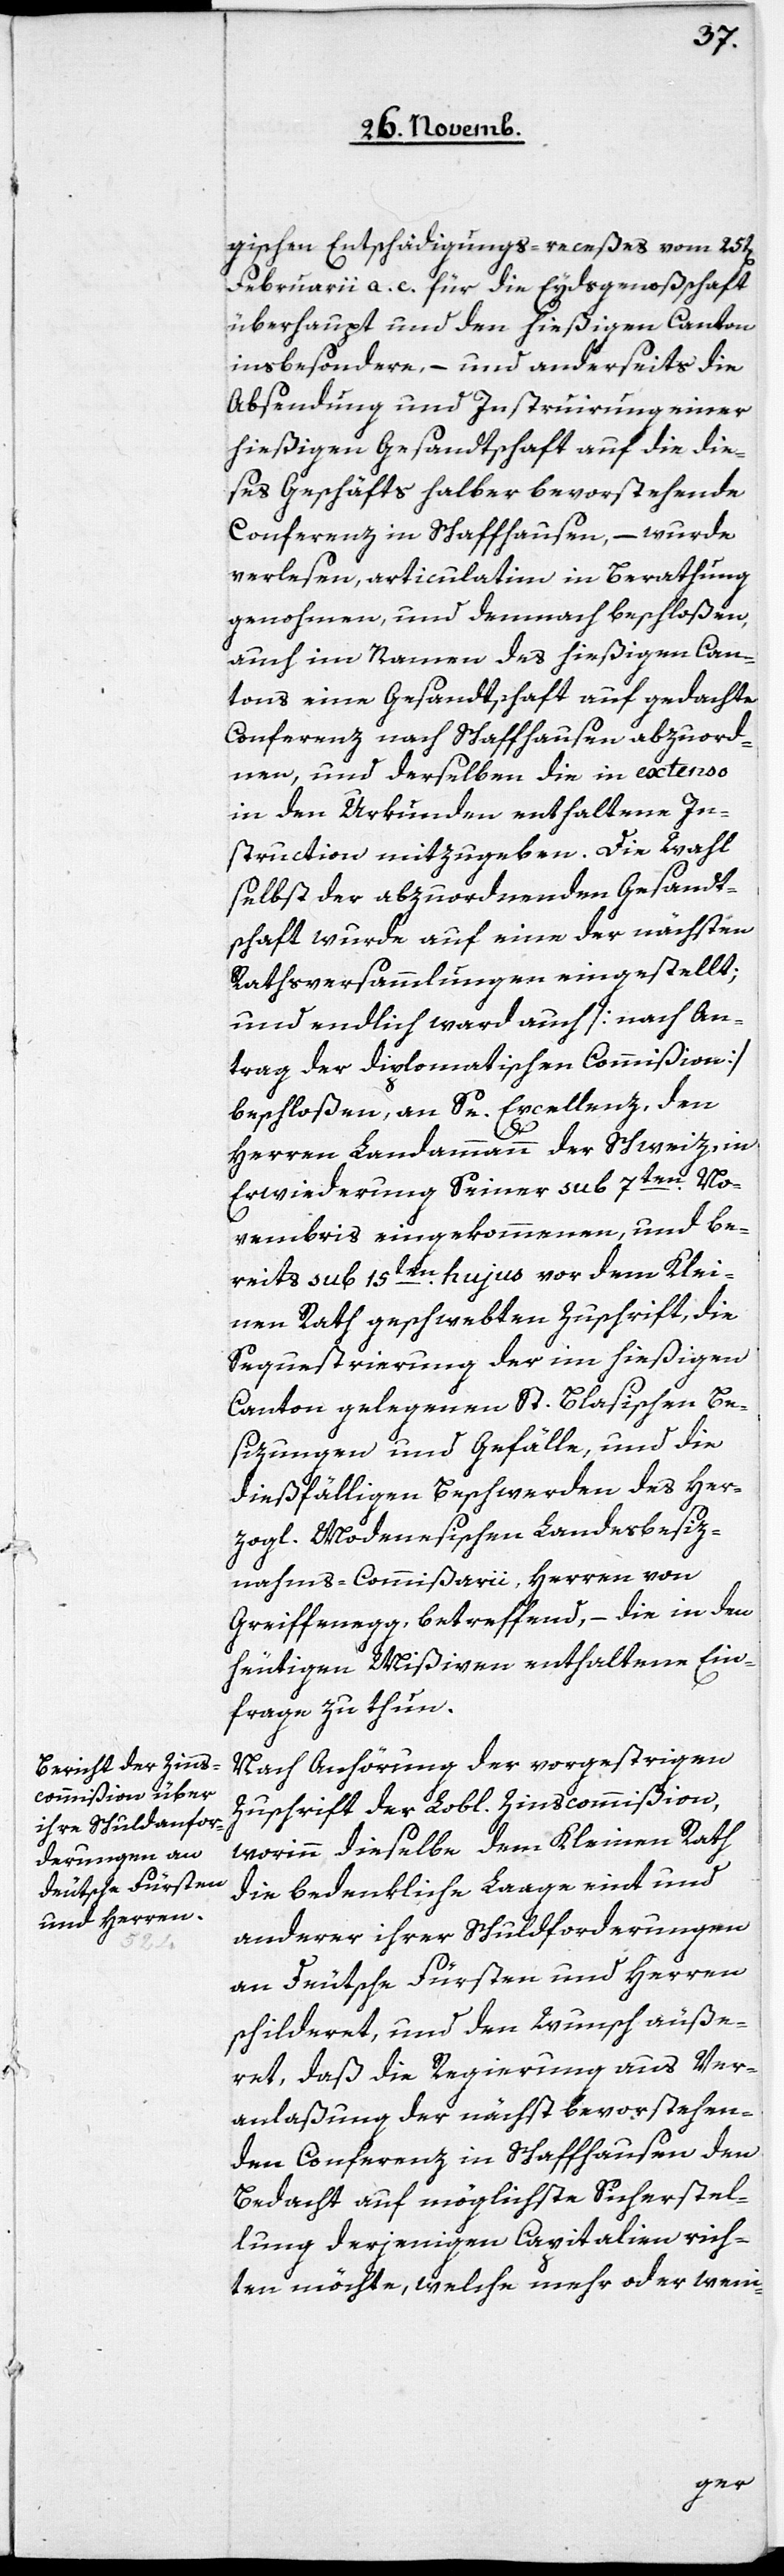
gischen Entschädigungs-receßes vom 25t[en]
Februarii a. c. für die Eydsgenoßenschaft
überhaupt, und den hießigen Canton
insbesondere, – und anderseits die
Absendung und Instruierung einer
hießigen Gesandtschaft auf die die¬
ses Geschäfts halber bevorstehende
Conferenz in Schaffhausen, – wurde
verlesen, articulatim in Berathung
genohmen, und demnach beschloßen,
auch im Namen des hießigen Can¬
tons eine Gesandtschaft auf gedachte
Conferenz nach Schaffhausen abzuord¬
nen, und derselben die in extenso
in den Urkunden enthaltene In¬
struction mitzugeben. Die Wahl
selbst der abzuordnenden Gesandt¬
schaft wurde auf eine der nächsten
Rathsversammlungen eingestellt;
und endlich ward auch [nach An¬
trag der diplomatischen Commißion]
beschloßen, an Se. Excellenz, den
Herren Landammann der Schweiz, in
Erwiederung Seiner sub 7ten. No¬
vembris eingekommenen, und be¬
reits sub 15ten. hujus vor dem Klei¬
nen Rath geschwebten Zuschrift, die
Sequestierung der im hießigen
Canton gelegenen St. Blasischen Be¬
sizungen und Gefälle, und die
dießfälligen Beschwerden des Her¬
zogl. Modenesischen Landesbesiz¬
nahms-Commißarii, Herren von
Greiffenegg, betreffend, – die in den
heutigen Mißiven enthaltene Ein¬
frage zu thun.
Nach Anhörung der vorgestrigen
Zuschrift der Lobl. Zinscommißion,
worinn dieselbe dem Kleinen Rath
die bedenkliche Laage eint und
anderer ihrer Schuldforderungen
an Deutsche Fürsten und Herren
schilderet, und den Wunsch äuße¬
ret, daß die Regierung aus Ver¬
anlaßung der nächst bevorstehen¬
den Conferenz in Schaffhausen den
Bedacht auf möglichste Sicherstel¬
lung derjenigen Capitalien rich¬
ten möchte, welche mehr oder weni-